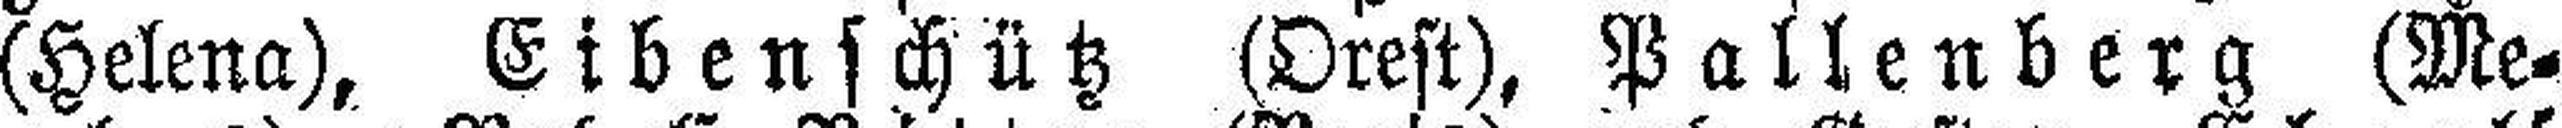
(Helena), Eibenschütz (Orest), Pallenberg (Me¬